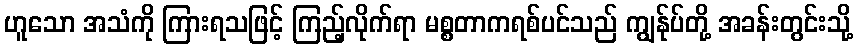
ဟူသော အသံကို ကြားရသဖြင့် ကြည့်လိုက်ရာ မစ္စတာကရစ်ပင်သည် ကျွန်ုပ်တို့ အခန်းတွင်းသို့